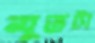
মুভটা